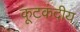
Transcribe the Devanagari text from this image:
कूटकंदीय